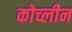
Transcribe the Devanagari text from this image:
कोच्लीन